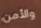
والأمن